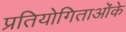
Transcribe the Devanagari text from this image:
प्रतियोगिताओंके